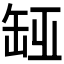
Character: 𦈮